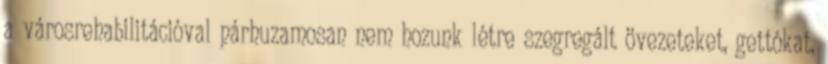
a városrehabilitációval párhuzamosan nem hozunk létre szegregált övezeteket, gettókat,